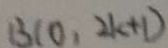
1 3 ( 0 , 2 k + 1 )